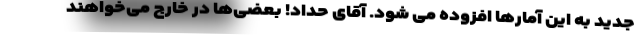
جدید به این آمارها افزوده می شود. آقای حداد! بعضی‌ها در خارج می‌خواهند